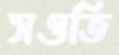
সওতি